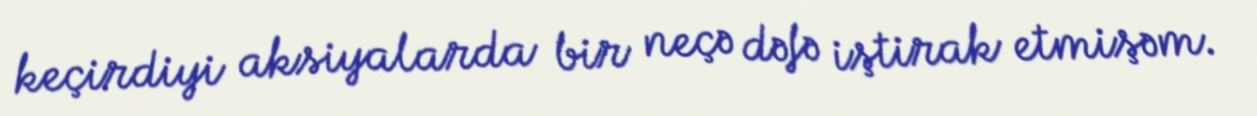
keçirdiyi aksiyalarda bir neçə dəfə iştirak etmişəm.